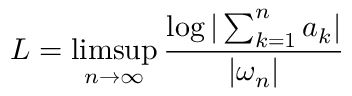
L = \operatorname* { l i m s u p } _ { n \to \infty } { \frac { \log \vert \sum _ { k = 1 } ^ { n } a _ { k } \vert } { | \omega _ { n } | } }